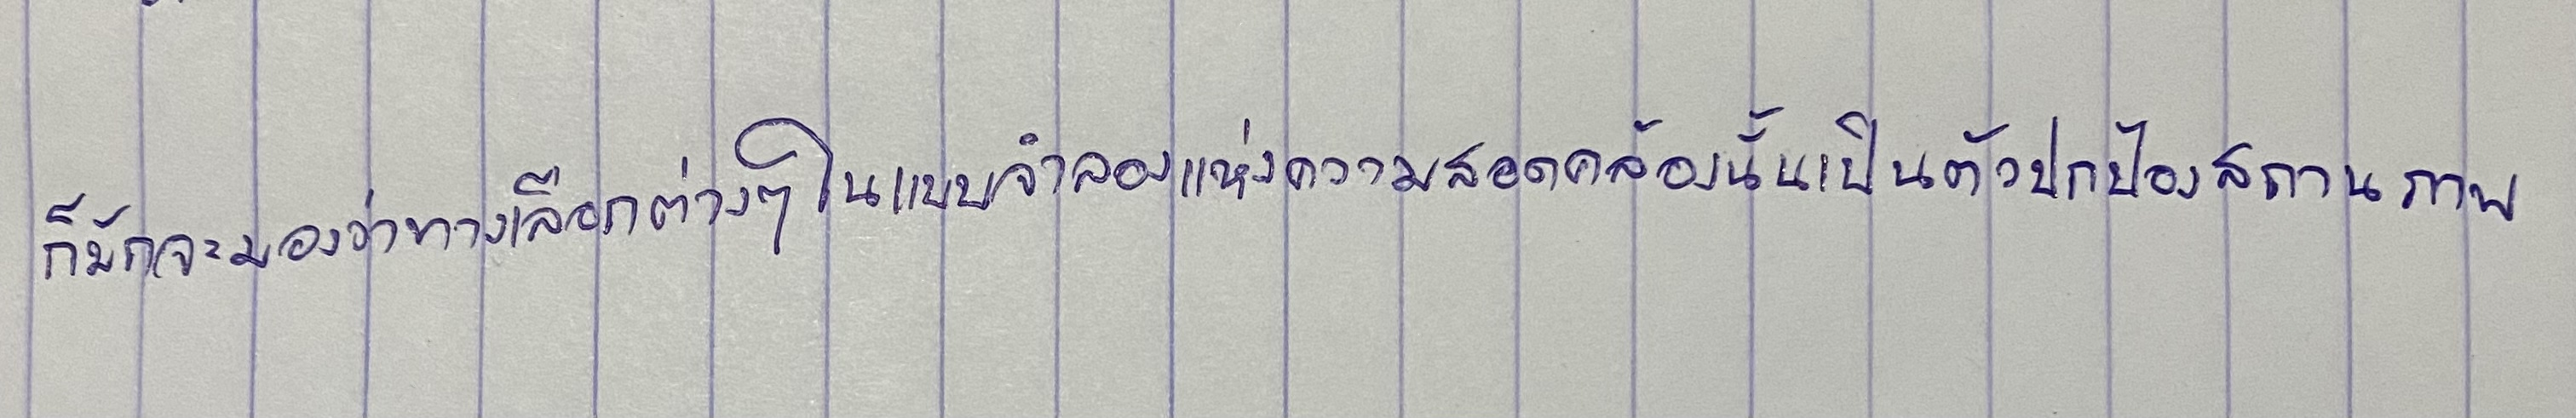
ก็มักจะมองว่าทางเลือกต่างๆในแบบจำลองแห่งความสอดคล้องนั้นเป็นตัวปกป้องสถานภาพ